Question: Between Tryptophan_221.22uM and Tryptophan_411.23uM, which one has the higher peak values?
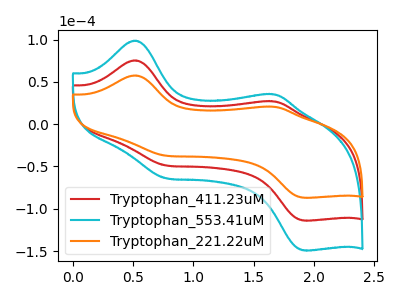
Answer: <think>The red curve "Tryptophan_411.23uM" has anodic peaks at (0.50V, 75.30uA) (1.65V, 26.90uA) and cathodic peaks at (0.75V, -48.75uA) (1.90V, -113.95uA). The cyan curve "Tryptophan_553.41uM" has anodic peaks at (0.50V, 150.65uA) (1.65V, 53.85uA) and cathodic peaks at (0.75V, -97.45uA) (1.90V, -227.85uA). The orange curve "Tryptophan_221.22uM" has anodic peaks at (0.50V, 57.50uA) (1.65V, 20.55uA) and cathodic peaks at (0.75V, -37.20uA) (1.90V, -87.00uA).</think>
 <answer>Every peak in "Tryptophan_221.22uM" is lower than every peak in "Tryptophan_411.23uM".</answer>
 <eval>lower</eval>